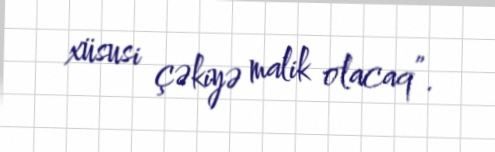
xüsusi çəkiyə malik olacaq”.